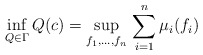
\begin{gather*}\inf_{Q\in\Gamma}Q(c)=\sup_{f_1,\ldots,f_n}\,\sum_{i=1}^n\mu_i(f_i)\end{gather*}